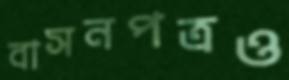
বাসনপত্রও